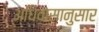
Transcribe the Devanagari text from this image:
अधिवासानुसार